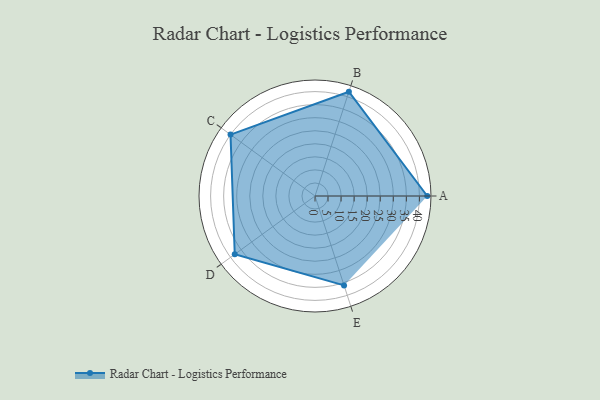
{"axis": {"x": "Skill", "y": "Score"}, "legend": ["Profile"], "data": [{"x": "A", "y": 43.0, "type": "Profile"}, {"x": "B", "y": 42.0, "type": "Profile"}, {"x": "C", "y": 40.0, "type": "Profile"}, {"x": "D", "y": 38.0, "type": "Profile"}, {"x": "E", "y": 36.0, "type": "Profile"}]}